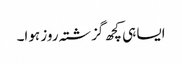
ایسا ہی کچھ گزشتہ روز ہوا۔